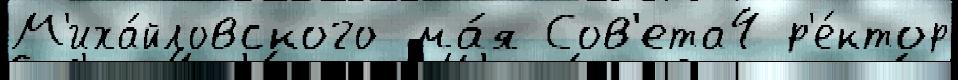
М'иха́йловского ма́я Сов'ета4 р'е́ктор